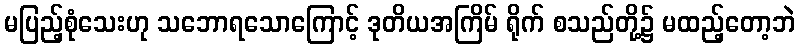
မပြည့်စုံသေးဟု သဘောရသောကြောင့် ဒုတိယအကြိမ် ရိုက် စသည်တို့၌ မထည့်တော့ဘဲ